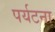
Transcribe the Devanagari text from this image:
पर्यटना